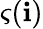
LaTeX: \varsigma(\mathbf{i})